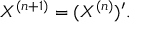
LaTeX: X ^ { ( n + 1 ) } = ( X ^ { ( n ) } ) ^ { \prime } .